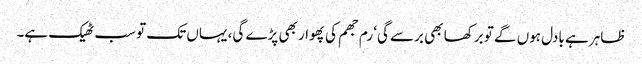
ظاہر ہے بادل ہوں گے تو برکھا بھی برسے گی‘ رم جھم کی پھوار بھی پڑے گی، یہاں تک تو سب ٹھیک ہے۔